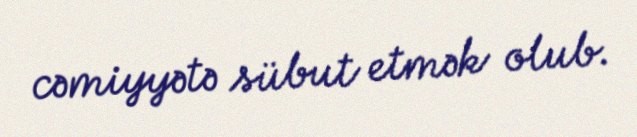
cəmiyyətə sübut etmək olub.